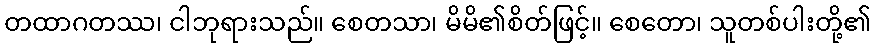
တထာဂတဿ၊ ငါဘုရားသည်။ စေတသာ၊ မိမိ၏စိတ်ဖြင့်။ စေတော၊ သူတစ်ပါးတို့၏